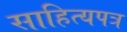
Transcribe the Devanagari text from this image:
साहित्यपत्र